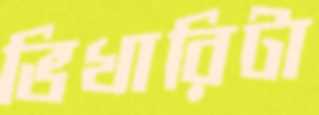
ভিখারিটা